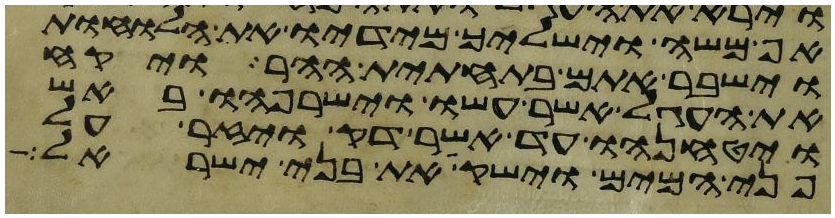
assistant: אף משה וישליך מידיו את הלוחות
וישבר אתם בתחתית ההר ויקח
את העגל אשר עשו וישרפהו באש
ויטנחהו עד אשר דק ויזר על
פני המים וישק את בני ישראל